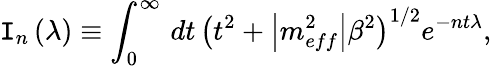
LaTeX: \mathtt{I}_{n}\left(\lambda\right)\equiv\int_{0}^{\infty}\, dt\, \left(t^{2}+\left|m_{eff}^{2}\right|\beta^{2}\right)^{1/2}e^{-nt\lambda},